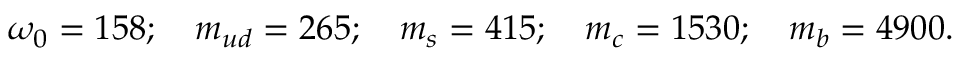
\omega _ { 0 } = 1 5 8 ; \quad m _ { u d } = 2 6 5 ; \quad m _ { s } = 4 1 5 ; \quad m _ { c } = 1 5 3 0 ; \quad m _ { b } = 4 9 0 0 .